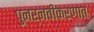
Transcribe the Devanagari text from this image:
पुनर्नवीकरणात